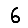
Digit: 6